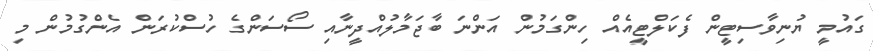
ގައުމީ ޔުނިވާސިޓީން ފެކަލްޓީއެއް ހިންގަމުން އަންނަ ބާޖަމާލުއްދީނާއި ސޯސަންގެ ހުސްކުރަން އެންގުމުން މި